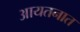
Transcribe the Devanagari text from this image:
आयतनात